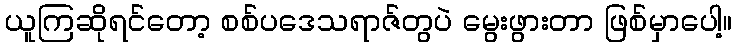
ယူကြဆိုရင်တော့ စစ်ပဒေသရာဇ်တွပဲ မွေးဖွားတာ ဖြစ်မှာပေါ့။